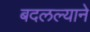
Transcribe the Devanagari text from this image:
बदलल्याने